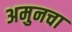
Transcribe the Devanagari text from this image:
अमुनचा